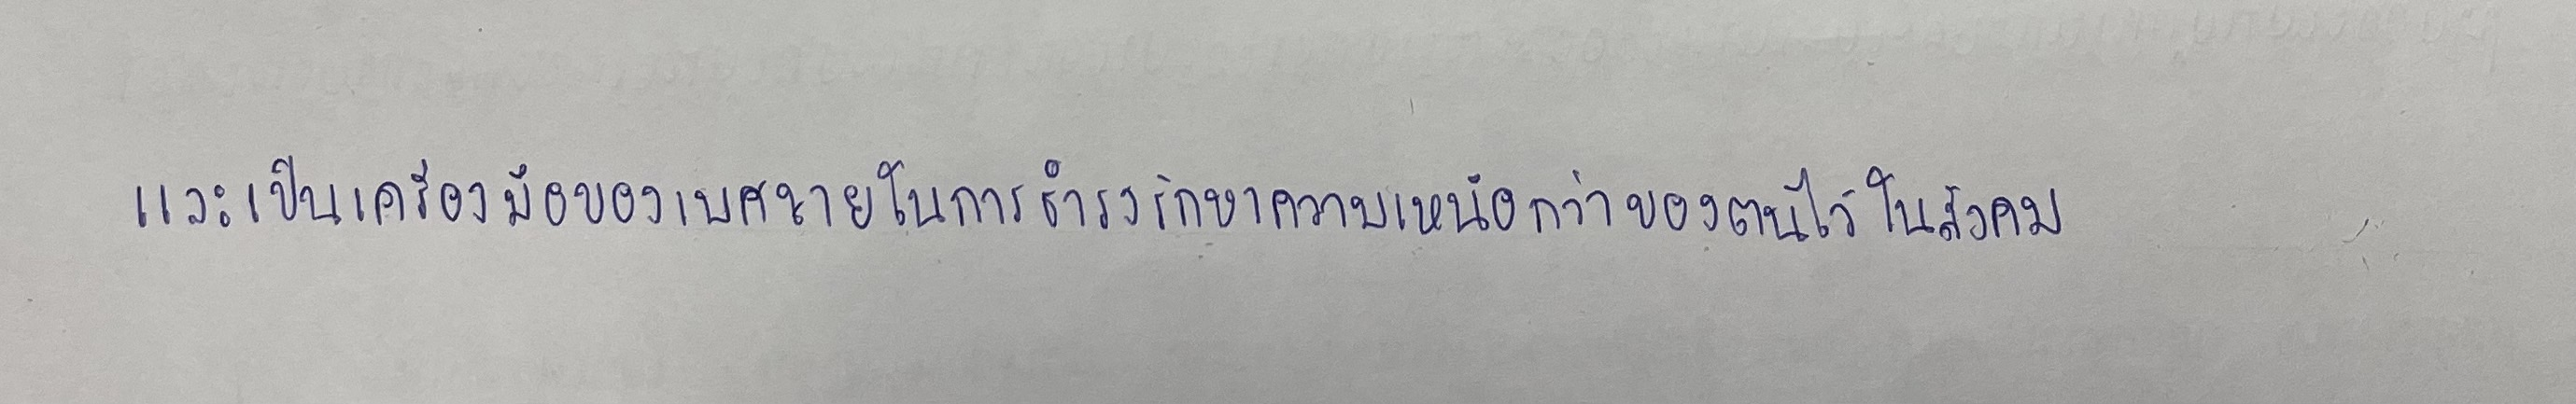
และเป็นเครื่องมือของเพศชายในการธำรงรักษาความเหนือกว่าของตนไว้ในสังคม